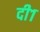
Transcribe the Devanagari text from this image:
दी१